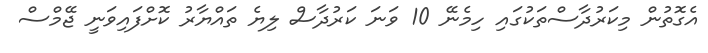
އެގޮތުން މިކަރުދާސްތަކުގައި ހިމެނޭ 10 ވަނަ ކަރުދާސް ލިޔެ ތައްޔާރު ކޮށްފައިވަނީ ޖޭމްސް